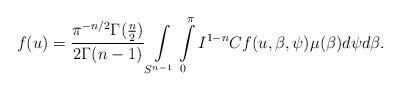
LaTeX: \begin{align*}f(u)=\frac{\pi^{-n/2}\Gamma(\frac{n}{2})}{2\Gamma(n-1)}\int\limits_{S^{n-1}}\int\limits_0^\pi I^{1-n}Cf(u, \beta, \psi)\mu(\beta) d\psi d\beta.\end{align*}